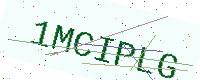
Text: 1MCIPLG